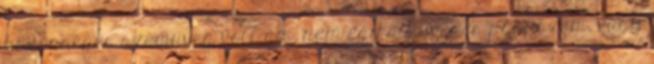
közönséges szemüveg volt ám, nem egy síküveges pápaszem, vagy